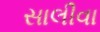
સાલીવા